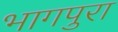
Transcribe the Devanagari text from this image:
भागपुरा